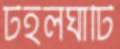
টহলঘাঁটি